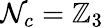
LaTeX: \mathcal{N}_{c}=\mathbb Z_{3}